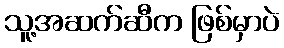
သူ့အဆက်ဆီက ဖြစ်မှာပဲ